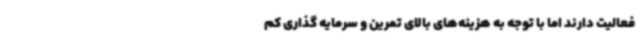
فعالیت دارند اما با توجه به هزینه‌های بالای تمرین و سرمایه گذاری کم